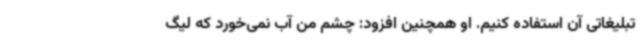
تبلیغاتی آن استفاده کنیم. او همچنین افزود: چشم من آب نمی‌خورد که لیگ